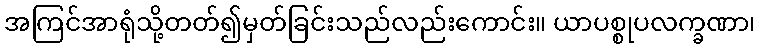
အကြင်အာရုံသို့တတ်၍မှတ်ခြင်းသည်လည်းကောင်း။ ယာပစ္စုပလက္ခဏာ၊